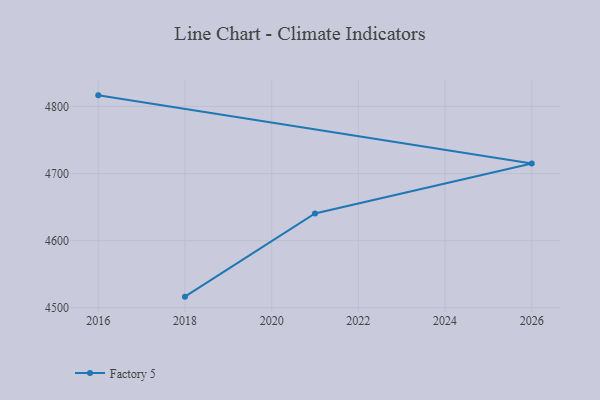
{"axis": {"x": "Year", "y": "Backlog"}, "legend": ["Factory 5"], "data": [{"x": "2018", "y": 4516.6, "type": "Factory 5"}, {"x": "2021", "y": 4640.5, "type": "Factory 5"}, {"x": "2026", "y": 4715.0, "type": "Factory 5"}, {"x": "2016", "y": 4816.6, "type": "Factory 5"}]}